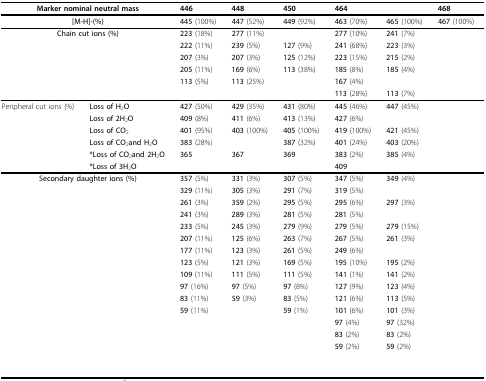
<table><thead><tr><td colspan="2"><b>Marker nominal neutral mass</b></td><td><b>446</b></td><td><b>448</b></td><td><b>450</b></td><td><b>464</b></td><td>[EMPTY_CELL]</td><td><b>468</b></td></tr></thead><tbody><tr><td colspan="2"><b>[M-H]-(%)</b></td><td><b>445 </b>(100%)</td><td><b>447 </b>(52%)</td><td><b>449 </b>(92%)</td><td><b>463 </b>(70%)</td><td><b>465 </b>(100%)</td><td><b>467 </b>(100%)</td></tr><tr><td colspan="2"><b>Chain cut ions (%)</b></td><td><b>223 </b>(18%)</td><td><b>277 </b>(11%)</td><td>[EMPTY_CELL]</td><td><b>277 </b>(10%)</td><td><b>241 </b>(7%)</td><td>[EMPTY_CELL]</td></tr><tr><td>[EMPTY_CELL]</td><td>[EMPTY_CELL]</td><td><b>222 </b>(11%)</td><td><b>239 </b>(5%)</td><td><b>127 </b>(9%)</td><td><b>241 </b>(68%)</td><td><b>223 </b>(3%)</td><td>[EMPTY_CELL]</td></tr><tr><td>[EMPTY_CELL]</td><td>[EMPTY_CELL]</td><td><b>207 </b>(3%)</td><td><b>207 </b>(3%)</td><td><b>125 </b>(12%)</td><td><b>223 </b>(15%)</td><td><b>215 </b>(2%)</td><td>[EMPTY_CELL]</td></tr><tr><td>[EMPTY_CELL]</td><td>[EMPTY_CELL]</td><td><b>205 </b>(11%)</td><td><b>169 </b>(6%)</td><td><b>113 </b>(38%)</td><td><b>185 </b>(8%)</td><td><b>185 </b>(4%)</td><td>[EMPTY_CELL]</td></tr><tr><td>[EMPTY_CELL]</td><td>[EMPTY_CELL]</td><td><b>113 </b>(5%)</td><td><b>113 </b>(25%)</td><td>[EMPTY_CELL]</td><td><b>167 </b>(4%)</td><td>[EMPTY_CELL]</td><td>[EMPTY_CELL]</td></tr><tr><td>[EMPTY_CELL]</td><td>[EMPTY_CELL]</td><td>[EMPTY_CELL]</td><td>[EMPTY_CELL]</td><td>[EMPTY_CELL]</td><td><b>113 </b>(28%)</td><td><b>113 </b>(7%)</td><td>[EMPTY_CELL]</td></tr><tr><td>Peripheral cut ions (%)</td><td><b>Loss of H</b><sub>2</sub><b>O</b></td><td><b>427 </b>(50%)</td><td><b>429 </b>(35%)</td><td><b>431 </b>(80%)</td><td><b>445 </b>(46%)</td><td><b>447 </b>(45%)</td><td>[EMPTY_CELL]</td></tr><tr><td>[EMPTY_CELL]</td><td><b>Loss of 2H</b><sub>2</sub><b>O</b></td><td><b>409 </b>(8%)</td><td><b>411 </b>(6%)</td><td><b>413 </b>(13%)</td><td><b>427 </b>(6%)</td><td>[EMPTY_CELL]</td><td>[EMPTY_CELL]</td></tr><tr><td>[EMPTY_CELL]</td><td><b>Loss of CO</b><sub>2</sub></td><td><b>401 </b>(95%)</td><td><b>403 </b>(100%)</td><td><b>405 </b>(100%)</td><td><b>419 </b>(100%)</td><td><b>421 </b>(45%)</td><td>[EMPTY_CELL]</td></tr><tr><td>[EMPTY_CELL]</td><td><b>Loss of CO</b><sub>2</sub><b>and H</b><sub>2</sub><b>O</b></td><td><b>383 </b>(28%)</td><td>[EMPTY_CELL]</td><td><b>387 </b>(32%)</td><td><b>401 </b>(24%)</td><td><b>403 </b>(20%)</td><td>[EMPTY_CELL]</td></tr><tr><td>[EMPTY_CELL]</td><td><b>*Loss of CO</b><sub>2</sub><b>and 2H</b><sub>2</sub><b>O</b></td><td><b>365</b></td><td><b>367</b></td><td><b>369</b></td><td><b>383 </b>(2%)</td><td><b>385 </b>(4%)</td><td>[EMPTY_CELL]</td></tr><tr><td>[EMPTY_CELL]</td><td><b>*Loss of 3H</b><sub>2</sub><b>O</b></td><td>[EMPTY_CELL]</td><td>[EMPTY_CELL]</td><td>[EMPTY_CELL]</td><td><b>409</b></td><td>[EMPTY_CELL]</td><td>[EMPTY_CELL]</td></tr><tr><td colspan="2"><b>Secondary daughter ions (%)</b></td><td><b>357 </b>(5%)</td><td><b>331 </b>(3%)</td><td><b>307 </b>(5%)</td><td><b>347 </b>(5%)</td><td><b>349 </b>(4%)</td><td>[EMPTY_CELL]</td></tr><tr><td>[EMPTY_CELL]</td><td>[EMPTY_CELL]</td><td><b>329 </b>(11%)</td><td><b>305 </b>(3%)</td><td><b>291 </b>(7%)</td><td><b>319 </b>(5%)</td><td>[EMPTY_CELL]</td><td>[EMPTY_CELL]</td></tr><tr><td>[EMPTY_CELL]</td><td>[EMPTY_CELL]</td><td><b>261 </b>(3%)</td><td><b>359 </b>(2%)</td><td><b>295 </b>(5%)</td><td><b>295 </b>(6%)</td><td><b>297 </b>(3%)</td><td>[EMPTY_CELL]</td></tr><tr><td>[EMPTY_CELL]</td><td>[EMPTY_CELL]</td><td><b>241 </b>(3%)</td><td><b>289 </b>(3%)</td><td><b>281 </b>(5%)</td><td><b>281 </b>(5%)</td><td>[EMPTY_CELL]</td><td>[EMPTY_CELL]</td></tr><tr><td>[EMPTY_CELL]</td><td>[EMPTY_CELL]</td><td><b>233 </b>(5%)</td><td><b>245 </b>(3%)</td><td><b>279 </b>(9%)</td><td><b>279 </b>(5%)</td><td><b>279 </b>(15%)</td><td>[EMPTY_CELL]</td></tr><tr><td>[EMPTY_CELL]</td><td>[EMPTY_CELL]</td><td><b>207 </b>(11%)</td><td><b>125 </b>(6%)</td><td><b>263 </b>(7%)</td><td><b>267 </b>(5%)</td><td><b>261 </b>(3%)</td><td>[EMPTY_CELL]</td></tr><tr><td>[EMPTY_CELL]</td><td>[EMPTY_CELL]</td><td><b>177 </b>(11%)</td><td><b>123 </b>(3%)</td><td><b>261 </b>(5%)</td><td><b>249 </b>(6%)</td><td>[EMPTY_CELL]</td><td>[EMPTY_CELL]</td></tr><tr><td>[EMPTY_CELL]</td><td>[EMPTY_CELL]</td><td><b>123 </b>(5%)</td><td><b>121 </b>(3%)</td><td><b>169 </b>(5%)</td><td><b>195 </b>(10%)</td><td><b>195 </b>(2%)</td><td>[EMPTY_CELL]</td></tr><tr><td>[EMPTY_CELL]</td><td>[EMPTY_CELL]</td><td><b>109 </b>(11%)</td><td><b>111 </b>(5%)</td><td><b>111 </b>(5%)</td><td><b>141 </b>(1%)</td><td><b>141 </b>(2%)</td><td>[EMPTY_CELL]</td></tr><tr><td>[EMPTY_CELL]</td><td>[EMPTY_CELL]</td><td><b>97 </b>(16%)</td><td><b>97 </b>(5%)</td><td><b>97 </b>(8%)</td><td><b>127 </b>(9%)</td><td><b>123 </b>(4%)</td><td>[EMPTY_CELL]</td></tr><tr><td>[EMPTY_CELL]</td><td>[EMPTY_CELL]</td><td><b>83 </b>(11%)</td><td><b>59 </b>(3%)</td><td><b>83 </b>(5%)</td><td><b>121 </b>(6%)</td><td><b>113 </b>(5%)</td><td>[EMPTY_CELL]</td></tr><tr><td>[EMPTY_CELL]</td><td>[EMPTY_CELL]</td><td><b>59 </b>(11%)</td><td>[EMPTY_CELL]</td><td><b>59 </b>(1%)</td><td><b>101 </b>(6%)</td><td><b>101 </b>(3%)</td><td>[EMPTY_CELL]</td></tr><tr><td>[EMPTY_CELL]</td><td>[EMPTY_CELL]</td><td>[EMPTY_CELL]</td><td>[EMPTY_CELL]</td><td>[EMPTY_CELL]</td><td><b>97 </b>(4%)</td><td><b>97 </b>(32%)</td><td>[EMPTY_CELL]</td></tr><tr><td>[EMPTY_CELL]</td><td>[EMPTY_CELL]</td><td>[EMPTY_CELL]</td><td>[EMPTY_CELL]</td><td>[EMPTY_CELL]</td><td><b>83 </b>(2%)</td><td><b>83 </b>(2%)</td><td>[EMPTY_CELL]</td></tr><tr><td>[EMPTY_CELL]</td><td>[EMPTY_CELL]</td><td>[EMPTY_CELL]</td><td>[EMPTY_CELL]</td><td>[EMPTY_CELL]</td><td><b>59 </b>(2%)</td><td><b>59 </b>(2%)</td><td>[EMPTY_CELL]</td></tr><tr><td>[EMPTY_CELL]</td><td>[EMPTY_CELL]</td><td>[EMPTY_CELL]</td><td>[EMPTY_CELL]</td><td>[EMPTY_CELL]</td><td>[EMPTY_CELL]</td><td>[EMPTY_CELL]</td><td>[EMPTY_CELL]</td></tr><tr><td>[EMPTY_CELL]</td><td>[EMPTY_CELL]</td><td>[EMPTY_CELL]</td><td>[EMPTY_CELL]</td><td>[EMPTY_CELL]</td><td>[EMPTY_CELL]</td><td>[EMPTY_CELL]</td><td>[EMPTY_CELL]</td></tr></tbody></table>